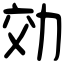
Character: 効